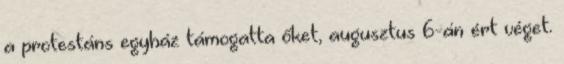
a protestáns egyház támogatta őket, augusztus 6-án ért véget.